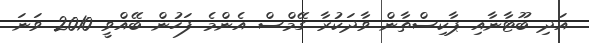
އަދި ބޫޓާނާއި ޕާކިސްތާން ވާދަކުރާ ގޭމްސް އެންމެ ފަހުން ބޭއްވީ 2010 ވަނަ